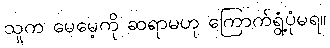
သူက မေမေ့ကို ဆရာမဟု ကြောက်ရွံ့ပုံမရ။